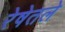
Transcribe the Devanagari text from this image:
रेषेतले